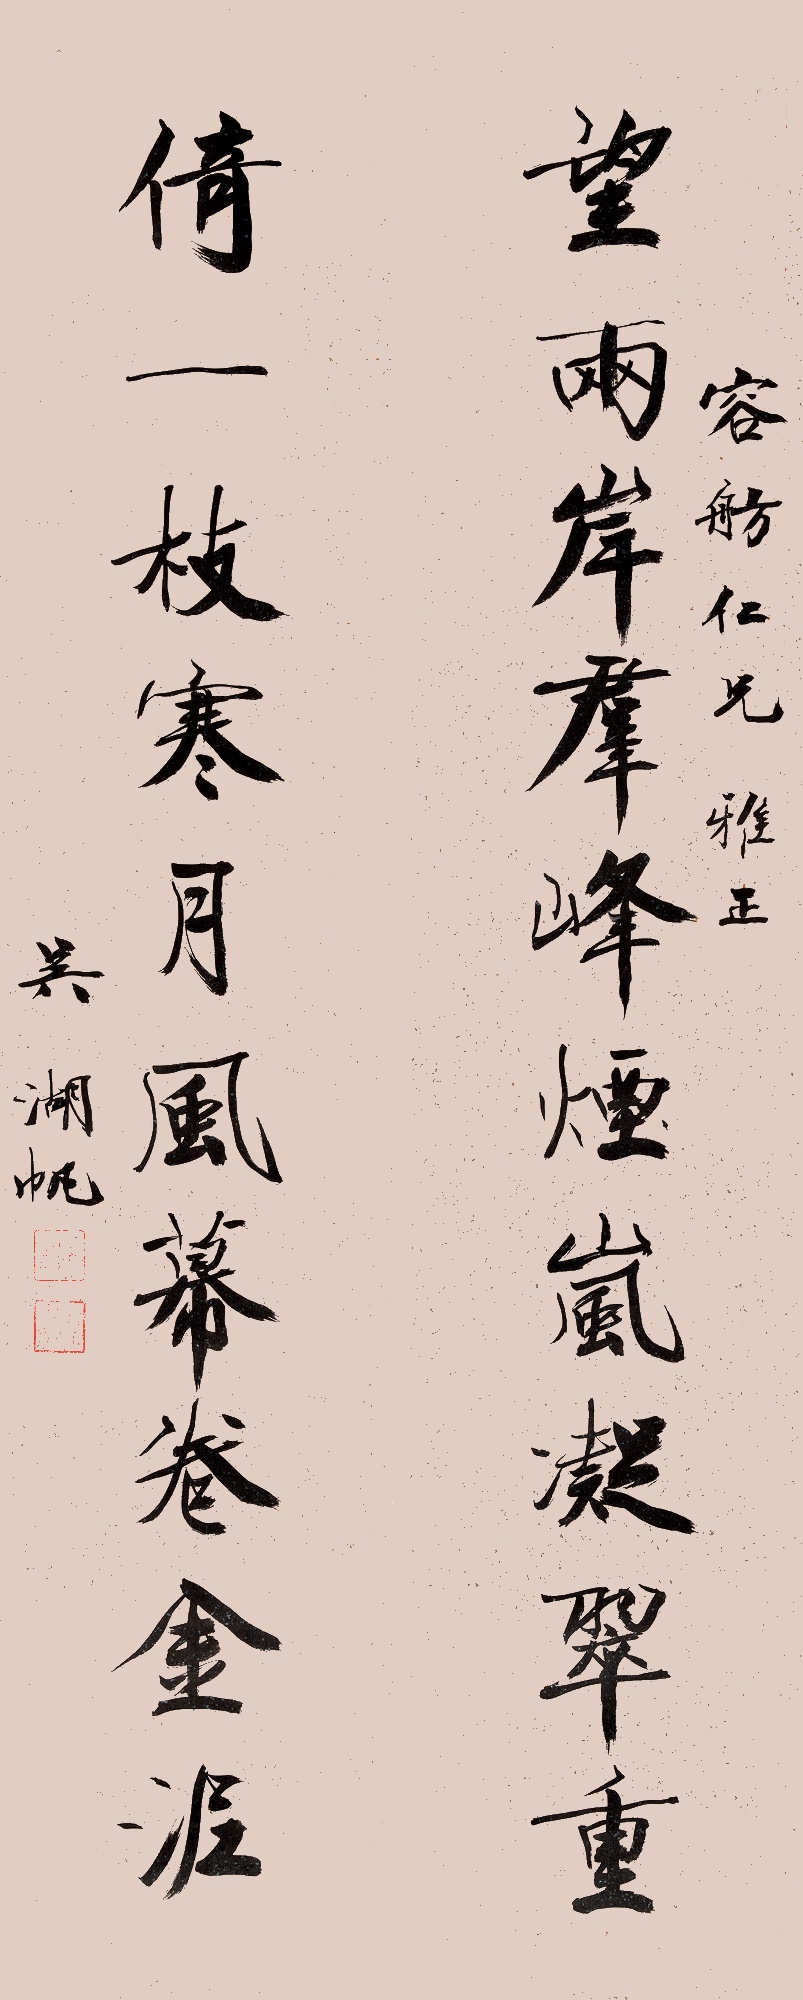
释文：望两岸群峰烟岚凝翠重，倚一枝寒月风幕卷金泥。容舫仁兄雅正。吴湖帆。